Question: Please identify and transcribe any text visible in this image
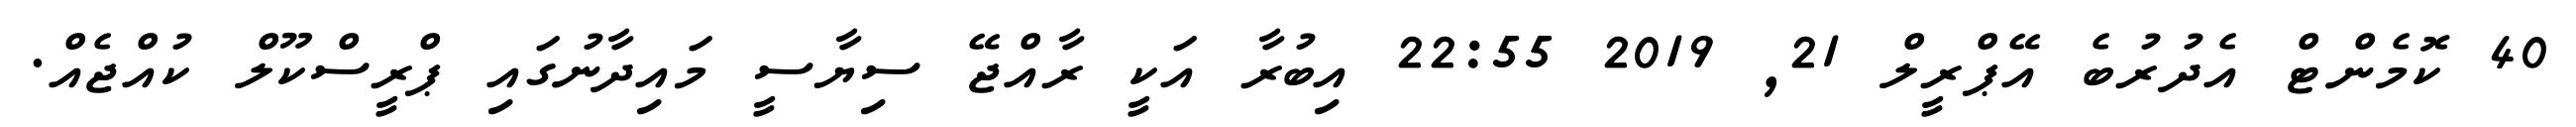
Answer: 40 ކޮމެންޓް އެދުރުބެ އޭޕްރީލް 21, 2019 22:55 އިބުރާ އަކީ ރާއްޖޭ ސިޔާސީ މައިދާނުގައި ޕްރީސްކޫލް ކުއްޖެއް.